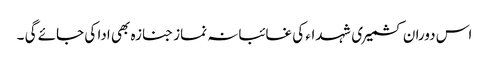
اس دوران کشمیری شہداء کی غائبانہ نماز جنازہ بھی ادا کی جائے گی ۔